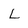
Character: L